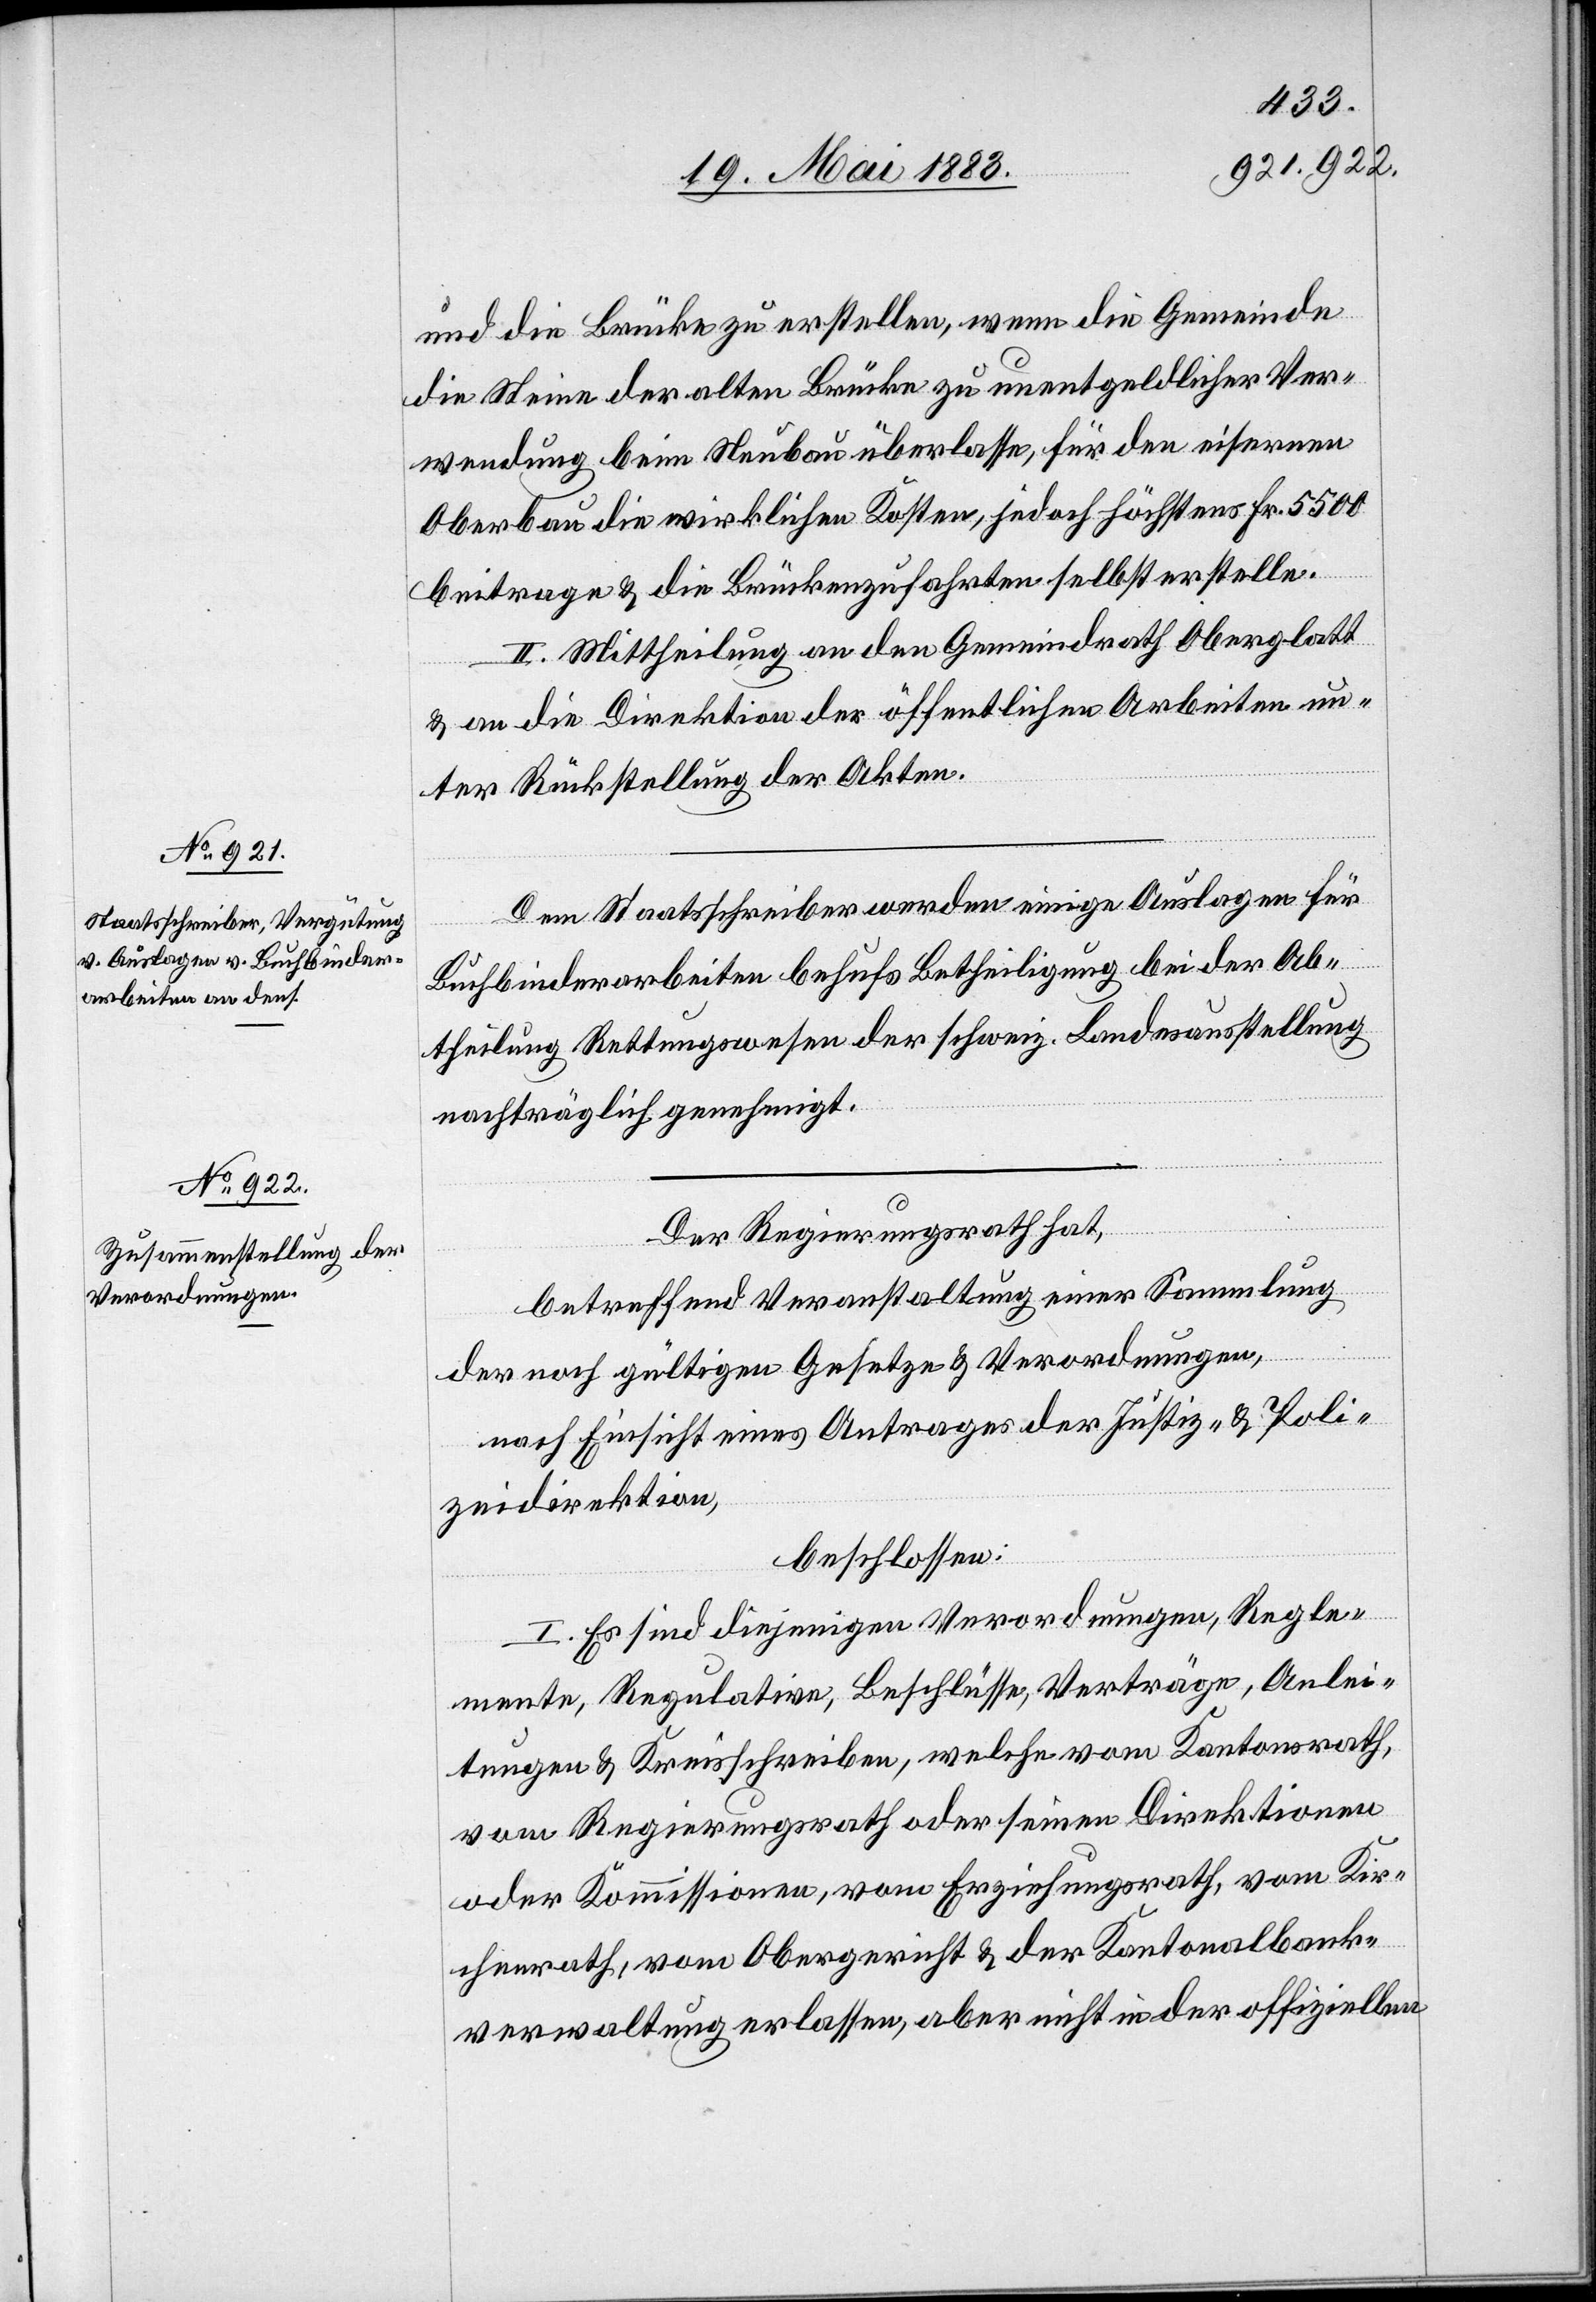
und die Brücke zu erstellen, wenn die Gemeinde
die Steine der alten Brücke zu unentgeldlicher Ver¬
wendung beim Neubau überlasse, für den eisernen
Oberbau die wirklichen Kosten, jedoch höchstens Fr. 5500
beitrage & die Brückenzufahrten selbst erstelle.
II. Mittheilung an den Gemeindrath Oberglatt
& an die Direktion der öffentlichen Arbeiten un¬
ter Rückstellung der Akten.
Den Staatsschreiber werden einige Auslagen für
Buchbinderarbeiten behufs Betheiligung bei der Ab¬
theilung Rettungswesen der schweiz. Landesausstellung
nachträglich genehmigt.
Der Regierungsrath hat,
betreffend Veranstaltung einer Sammlung
der noch gültigen Gesetze & Verordnungen,
nach Einsicht eines Antrages der Justiz- & Poli¬
zeidirektion,
beschlossen:
I. Es sind diejenigen Verordnungen, Regle¬
mente, Regulative, Beschlüsse, Verträge, Anlei¬
tungen & Kreisschreiben, welche vom Kantonsrath,
vom Regierungsrath oder seinen Direktionen
oder Kommissionen, vom Erziehungsrath, vom Kir¬
chenrath, vom Obergericht & der Kantonalbank¬
verwaltung erlassen, aber nicht in der offiziellen